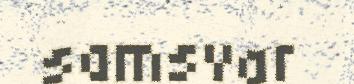
samsvar